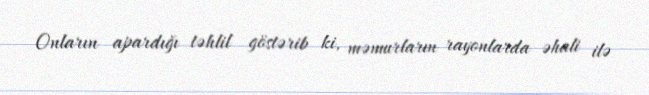
Onların apardığı təhlil göstərib ki, məmurların rayonlarda əhali ilə